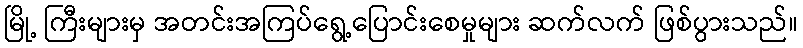
မြို့ ကြီးများမှ အတင်းအကြပ်ရွေ့ပြောင်းစေမှုများ ဆက်လက် ဖြစ်ပွားသည်။